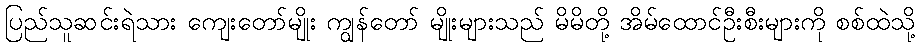
ပြည်သူဆင်းရဲသား ကျေးတော်မျိုး ကျွန်တော် မျိုးများသည် မိမိတို့ အိမ်ထောင်ဦးစီးများကို စစ်ထဲသို့